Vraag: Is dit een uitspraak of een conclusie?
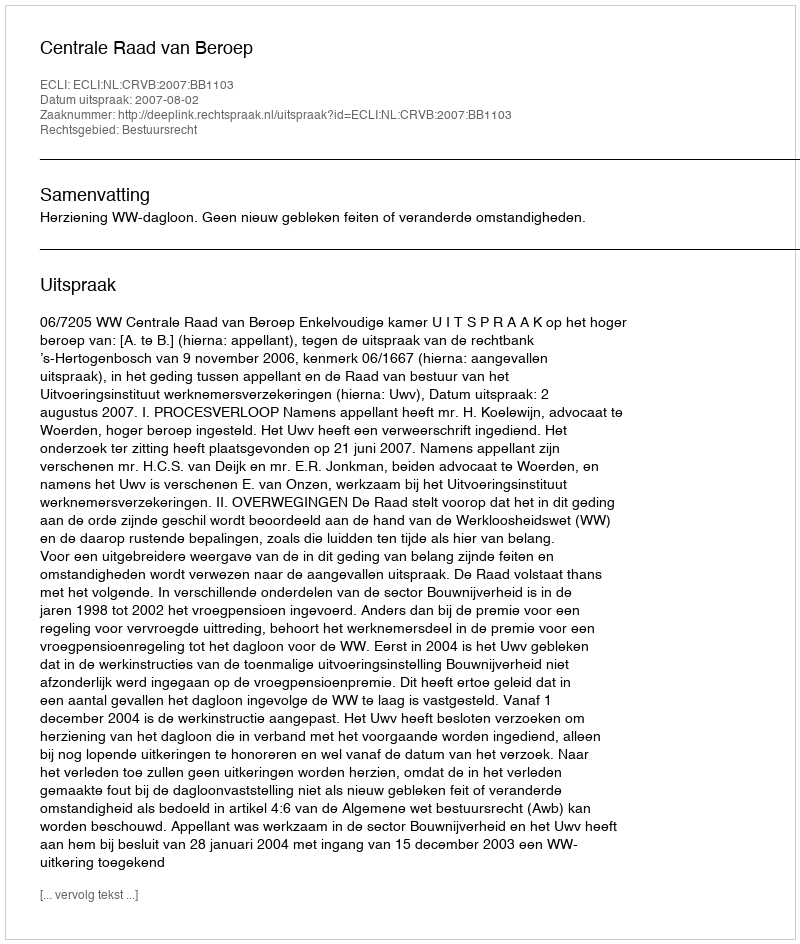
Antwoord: Uitspraak